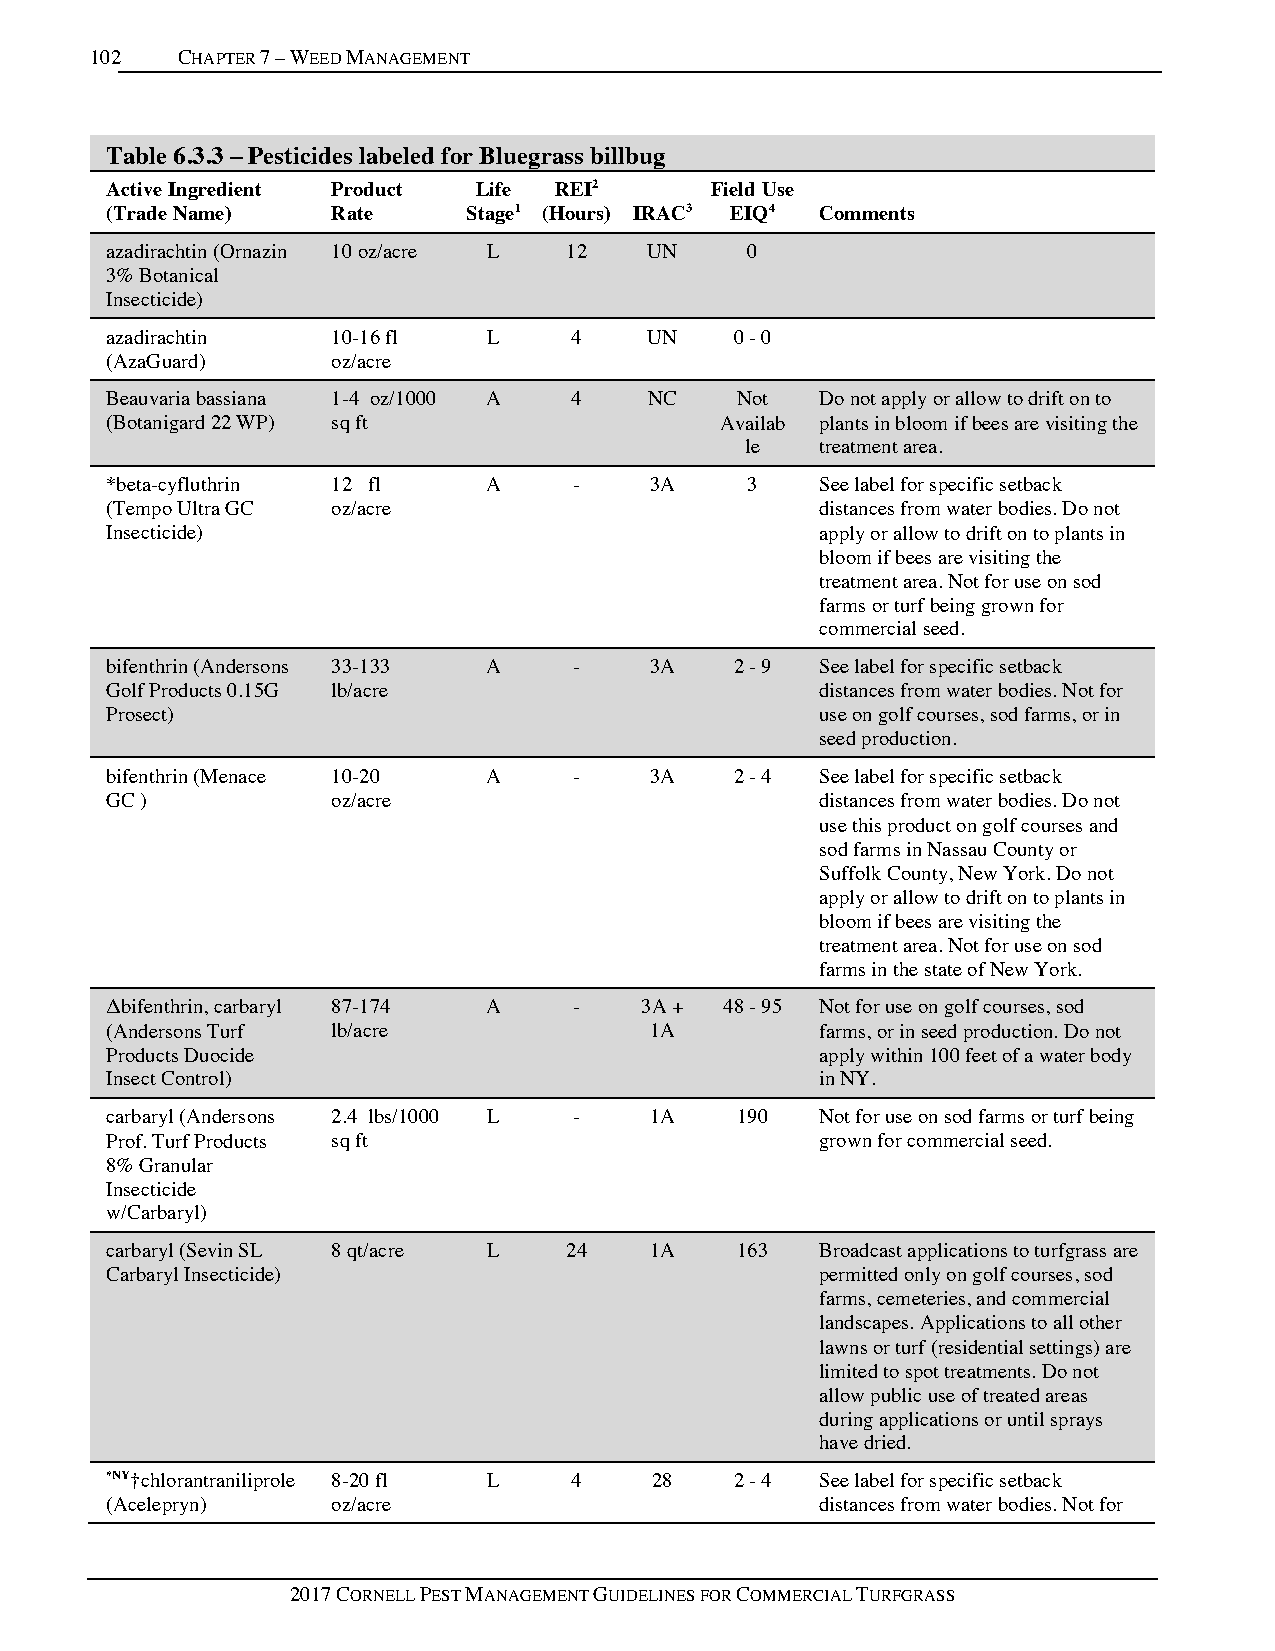
102   CHAPTER 7 – WEED MANAGEMENT
 Table 6.3.3 – Pesticides labeled for Bluegrass billbug
 Active Ingredient Product Life REI2     Field Use
 (Trade Name)   Rate     Stage1 (Hours) IRAC3 EIQ4 Comments
 azadirachtin (Ornazin 10 oz/acre L 12 UN  0
 3% Botanical
 Insecticide)
 azadirachtin   10-16 fl  L     4    UN    0 - 0
 (AzaGuard)     oz/acre
 Beauvaria bassiana 1-4 oz/1000 A 4  NC    Not  Do not apply or allow to drift on to
 (Botanigard 22 WP) sq ft                 Availab plants in bloom if bees are visiting the
 le   treatment area.
 *beta-cyfluthrin 12 fl   A     -    3A    3    See label for specific setback
 (Tempo Ultra GC oz/acre                        distances from water bodies. Do not
 Insecticide)                                   apply or allow to drift on to plants in
 bloom if bees are visiting the
 treatment area. Not for use on sod
 farms or turf being grown for
 commercial seed.
 bifenthrin (Andersons 33-133 A -    3A    2 - 9 See label for specific setback
 Golf Products 0.15G lb/acre                    distances from water bodies. Not for
 Prosect)                                       use on golf courses, sod farms, or in
 seed production.
 bifenthrin (Menace 10-20 A     -    3A    2 - 4 See label for specific setback
 GC )           oz/acre                         distances from water bodies. Do not
 use this product on golf courses and
 sod farms in Nassau County or
 Suffolk County, New York. Do not
 apply or allow to drift on to plants in
 bloom if bees are visiting the
 treatment area. Not for use on sod
 farms in the state of New York.
 Δbifenthrin, carbaryl 87-174 A -   3A +  48 - 95 Not for use on golf courses, sod
 (Andersons Turf lb/acre             1A         farms, or in seed production. Do not
 Products Duocide                               apply within 100 feet of a water body
 Insect Control)                                in NY.
 carbaryl (Andersons 2.4 lbs/1000 L - 1A   190  Not for use on sod farms or turf being
 Prof. Turf Products sq ft                      grown for commercial seed.
 8% Granular
 Insecticide
 w/Carbaryl)
 carbaryl (Sevin SL 8 qt/acre L 24   1A    163  Broadcast applications to turfgrass are
 Carbaryl Insecticide)                          permitted only on golf courses, sod
 farms, cemeteries, and commercial
 landscapes. Applications to all other
 lawns or turf (residential settings) are
 limited to spot treatments. Do not
 allow public use of treated areas
 during applications or until sprays
 have dried.
 *NY†chlorantraniliprole 8-20 fl L 4 28    2 - 4 See label for specific setback
 (Acelepryn)    oz/acre                         distances from water bodies. Not for
 2017 CORNELL PEST MANAGEMENT GUIDELINES FOR COMMERCIAL TURFGRASS